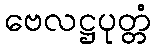
ဗေလဋ္ဌပုတ္တံ